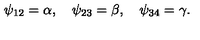
\psi _ { 1 2 } = \alpha , \quad \psi _ { 2 3 } = \beta , \quad \psi _ { 3 4 } = \gamma .